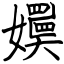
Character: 嬽